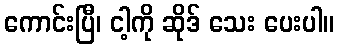
ကောင်းပြီ၊ ငါ့ကို ဆိုဒ် သေး ပေးပါ။